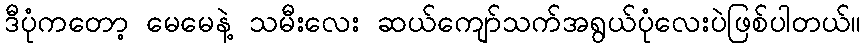
ဒီပုံကတော့ မေမေနဲ့ သမီးလေး ဆယ်ကျော်သက်အရွယ်ပုံလေးပဲဖြစ်ပါတယ်။